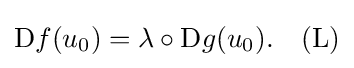
\mathrm {D} f(u_{0})=\lambda \circ \mathrm {D} g(u_{0}).\quad {\mbox{(L)}}